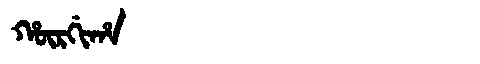
Manchu: ᡥᡡᡵᡤᡳᡥᠠ
Romanization: HŪRGIHA